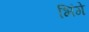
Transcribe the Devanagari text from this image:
भिंगे